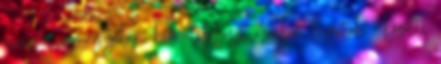
nincsen a megyében, két útszakaszt azonban lezártak - közölte